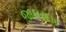
જાલરદાર